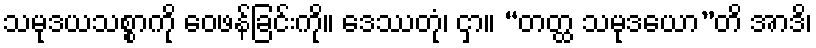
သမုဒယသစ္စာကို ဝေဖန်ခြင်းကို။ ဒေဿတုံ၊ ငှာ။ “တတ္ထ သမုဒယော”တိ အာဒိ၊